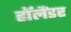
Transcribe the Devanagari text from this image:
हॉलैंडर